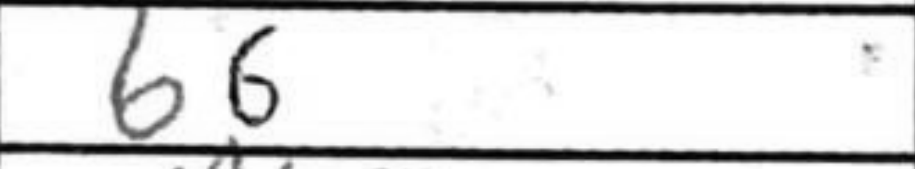
Transcription: b6